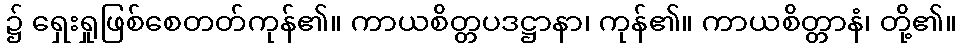
၌ ရှေးရှုဖြစ်စေတတ်ကုန်၏။ ကာယစိတ္တပဒဋ္ဌာနာ၊ ကုန်၏။ ကာယစိတ္တာနံ၊ တို့၏။